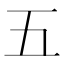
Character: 五